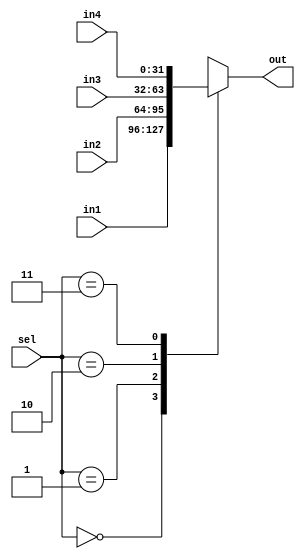
`timescale 1ns / 1ps

module mux4_1(input [31:0] in1,
              input [31:0] in2,
              input [31:0] in3,
              input [31:0] in4,
              input [1:0] sel,
              output reg [31:0] out);
              
    always @ * begin
        case (sel)
            2'b00: out = in1;
            2'b01: out = in2;
            2'b10: out = in3;
            2'b11: out = in4;
        endcase
    end
              
endmodule